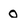
Character: o